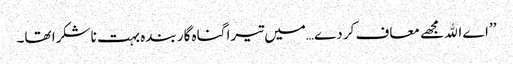
’’اے اﷲ مجھے معاف کر دے…میں تیرا گناہ گار بندہ بہت ناشکرا تھا۔